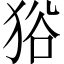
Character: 𤞞